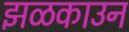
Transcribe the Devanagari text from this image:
झळकाउन